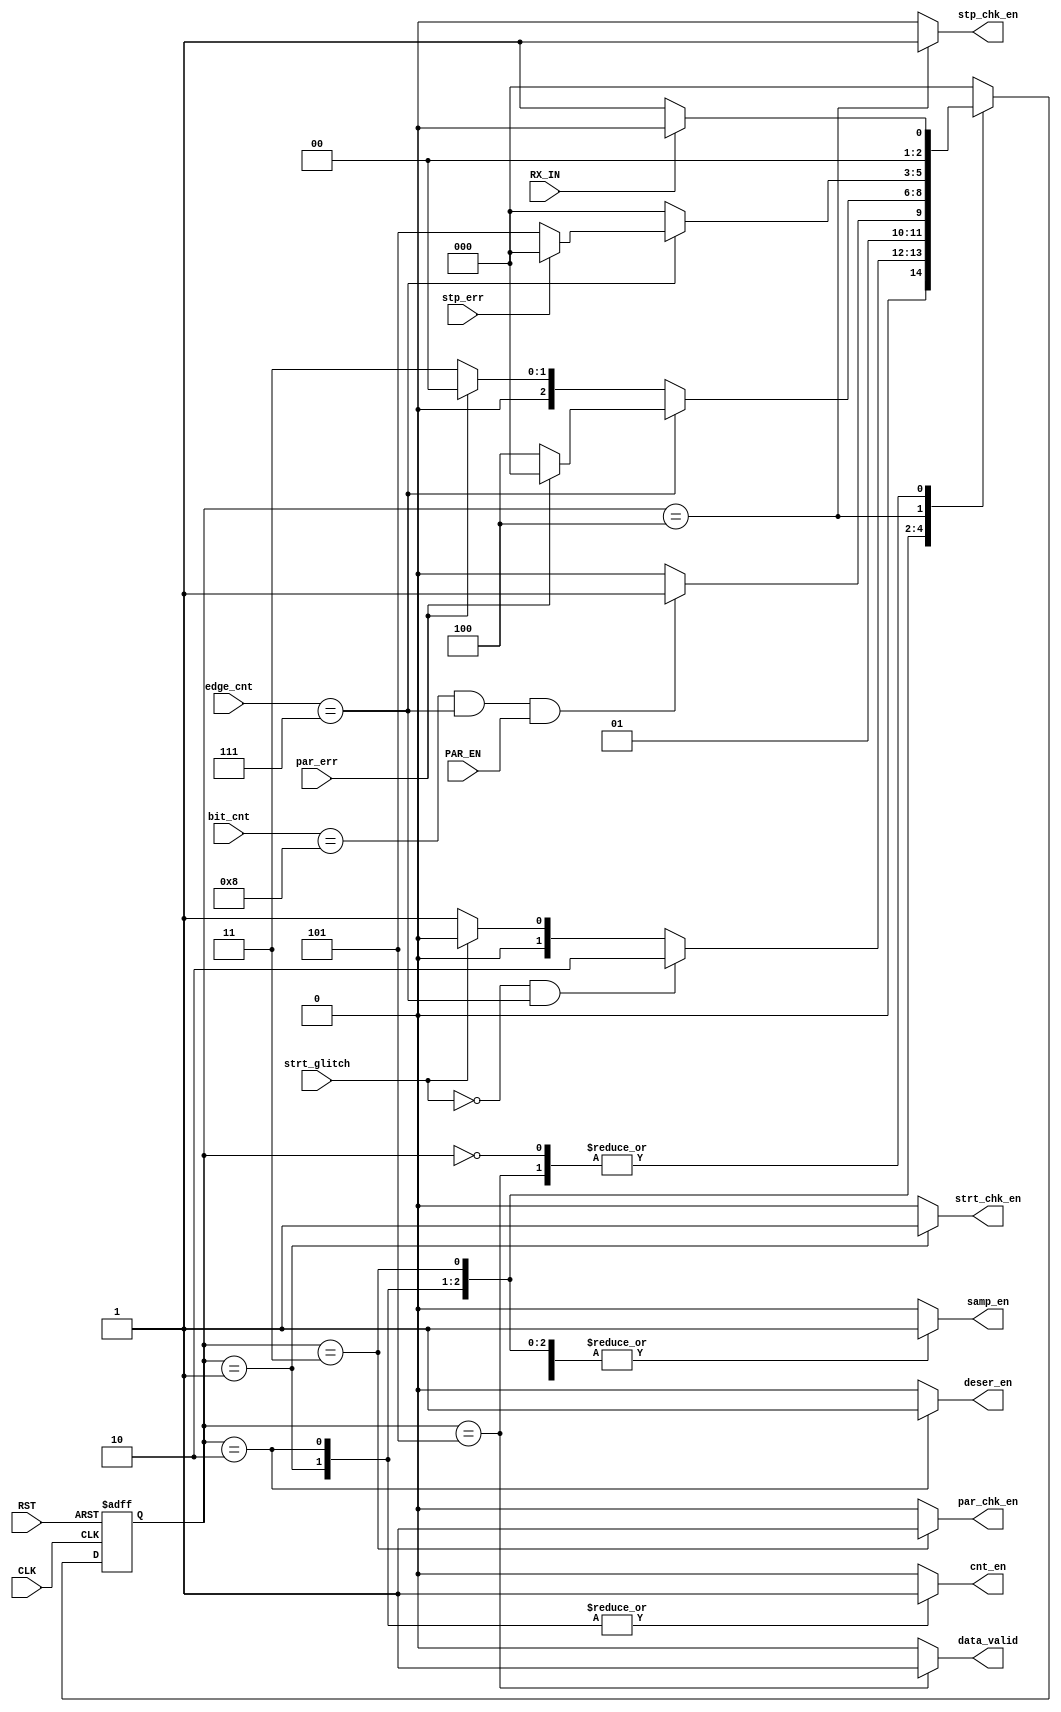
module RX_controller (
  input   wire       RX_IN       ,  
  input   wire       PAR_EN      ,
  input   wire [2:0] edge_cnt    ,
  input   wire [3:0] bit_cnt     ,
  input   wire       stp_err     ,
  input   wire       strt_glitch ,
  input   wire       par_err     ,
  input   wire       CLK         ,
  input   wire       RST         ,
  output  reg        par_chk_en  ,
  output  reg        strt_chk_en ,
  output  reg        stp_chk_en  ,
  output  reg        deser_en    ,
  output  reg        samp_en     ,
  output  reg        cnt_en      ,
  output  reg        data_valid  
  );
  
//states
parameter           IDLE       = 3'b000  ,
                    START      = 3'b001  ,                    
                    DATA       = 3'b010  ,
                    PARITY     = 3'b011  ,
                    STOP       = 3'b100  ,
                    Valid      = 3'b101  ;
                
reg      [2:0]      current_state ,
                    next_state ;  
always@(posedge CLK or negedge RST)
begin
   if(!RST)
    begin
     current_state <= IDLE ;
    end
   else
    begin
     current_state <= next_state ;
    end
end

//next state logic
always@(*)
 begin
   case (current_state)
       IDLE    :  begin
                   if(!RX_IN)
                     next_state  = START ;
                   else
                     next_state  = IDLE  ;
                  end
              
       START   :  begin
                   if(!strt_glitch && edge_cnt == 'd7)
                     next_state = DATA   ;
                   else if(strt_glitch)
                     next_state = IDLE  ;
                   else
                     next_state = START ;
                  end
              
                 
       DATA    :  begin
                    if(bit_cnt == 'd8 && edge_cnt == 'd7 && PAR_EN)
                      next_state = PARITY ;
                    else
                      next_state = DATA ;
                  end  
              
       PARITY  :  begin
                   if(edge_cnt == 'd7)
                     if(!par_err)
                       next_state = STOP ;
		     else
                      next_state  = IDLE ;
                   else if(par_err)
                     next_state = IDLE ;
                   else
                     next_state = PARITY ;
                  end    
              
       STOP    :  begin
                   if(edge_cnt == 'd7)
                     if(!stp_err)
                      next_state = Valid ;
		     else
                      next_state  = IDLE ;
                   else
                     next_state  = IDLE ;
                  end   
              
       Valid :  begin  
                   if(RX_IN)
                     next_state = IDLE  ;
                  else
                     next_state = START ;
                  end
                  
       default  : begin
                   next_state = IDLE   ;
                  end
                endcase
end       
always@(*)
 begin
     par_chk_en  = 'b0 ;
     strt_chk_en = 'b0 ;
     stp_chk_en  = 'b0 ;
     deser_en    = 'b0 ;
     samp_en     = 'b0 ;
     data_valid  = 'b0 ;
     cnt_en	 = 'b0 ;
   case (current_state)   
      
   
       IDLE    :  begin
                    par_chk_en  = 'b0 ;
                    strt_chk_en = 'b0 ;
                    stp_chk_en  = 'b0 ;
                    deser_en    = 'b0 ;
                    samp_en     = 'b1 ;
                    data_valid  = 'b0 ;
                  end
              
       START   :  begin
                    cnt_en      = 'b1 ;
                    samp_en     = 'b1 ;
                    strt_chk_en = 'b1 ;
                    deser_en    = 'b0 ;
                    data_valid  = 'b0 ;
                  end
              
                 
       DATA    :  begin
                   cnt_en      = 'b1 ;
                   samp_en     = 'b1 ;
                   deser_en    = 'b1 ;
                   strt_chk_en = 'b0 ;
                  end  
              
       PARITY  :  begin
                    par_chk_en  = 'b1  ;
                    samp_en     = 'b1 ;
                    strt_chk_en = 'b0 ;
                    deser_en    = 'b0  ;
		    data_valid  = 'b0 ;
                  end    
              
       STOP    :  begin
                   stp_chk_en  = 'b1  ; 
                   samp_en     = 'b1 ;
                   deser_en    = 'b0  ; 
                   strt_chk_en = 'b0 ;
	           data_valid  = 'b0 ;
                  end   
              
       Valid   :  begin 
                   stp_chk_en  = 'b0  ; 
                   data_valid  = 'b1 ;
                  end
                  
       default  : begin
   
                    par_chk_en  = 'b0 ;
                    strt_chk_en = 'b0 ;
                    stp_chk_en  = 'b0 ;
                    deser_en    = 'b0 ;
                    samp_en     = 'b0 ;
                    data_valid  = 'b0 ;
                  end
   
   endcase
 end          
endmodule